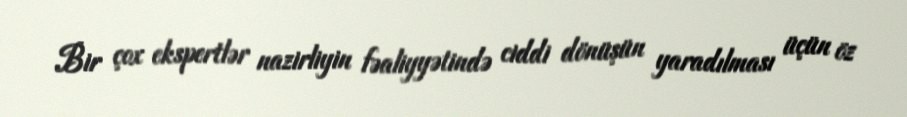
Bir çox ekspertlər nazirliyin fəaliyyətində ciddi dönüşün yaradılması üçün öz